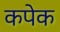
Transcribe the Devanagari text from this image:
कपेक